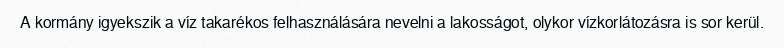
A kormány igyekszik a víz takarékos felhasználására nevelni a lakosságot, olykor vízkorlátozásra is sor kerül.